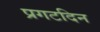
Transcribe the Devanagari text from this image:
प्रगटदिन